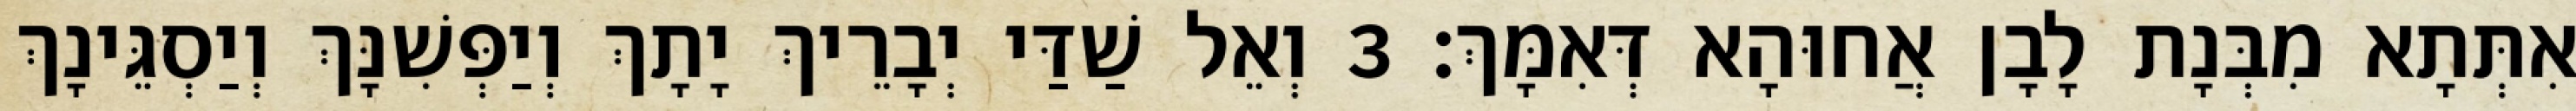
אִתְּתָא מִבְּנָת לָבָן אֲחוּהָא דְּאִמָּךְ׃ 3 וְאֵל שַׁדַּי יְבָרֵיךְ יָתָךְ וְיַפְּשִׁנָּךְ וְיַסְגֵּינָךְ